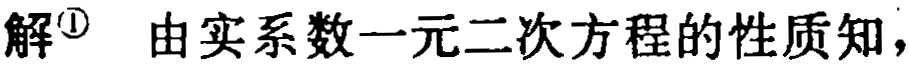
解$^{\textcircled{1}}$ 由实系数一元二次方程的性质知，